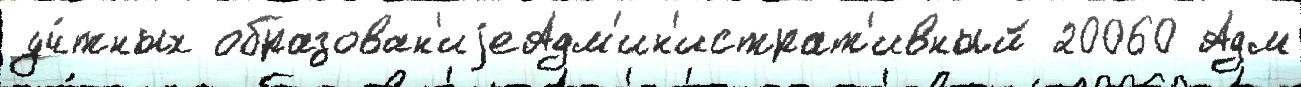
уч́тных образован'иjеАдм'ин'истрат'ивный 20060 Адм